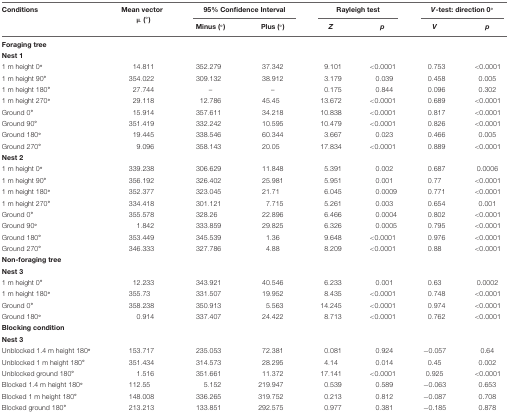
<table><thead><tr><td><b>Conditions</b></td><td><b>Mean vector μ (°)</b></td><td colspan="2"><b>95% Confidence Interval</b></td><td colspan="2"><b>Rayleigh test</b></td><td colspan="2"><b><i>V</i>-test: direction 0°</b></td></tr><tr><td></td><td></td><td><b>Minus (°)</b></td><td><b>Plus (°)</b></td><td><b><i>Z</i></b></td><td><b><i>p</i></b></td><td><b><i>V</i></b></td><td><b><i>p</i></b></td></tr></thead><tbody><tr><td><b>Foraging tree</b></td></tr><tr><td><b>Nest 1</b></td></tr><tr><td>1 m height 0<b>°</b></td><td>14.811</td><td>352.279</td><td>37.342</td><td>9.101</td><td>&lt;0.0001</td><td>0.753</td><td>&lt;0.0001</td></tr><tr><td>1 m height 90<b>°</b></td><td>354.022</td><td>309.132</td><td>38.912</td><td>3.179</td><td>0.039</td><td>0.458</td><td>0.005</td></tr><tr><td>1 m height 180<b>°</b></td><td>27.744</td><td>–</td><td>–</td><td>0.175</td><td>0.844</td><td>0.096</td><td>0.302</td></tr><tr><td>1 m height 270<b>°</b></td><td>29.118</td><td>12.786</td><td>45.45</td><td>13.672</td><td>&lt;0.0001</td><td>0.689</td><td>&lt;0.0001</td></tr><tr><td>Ground 0<b>°</b></td><td>15.914</td><td>357.611</td><td>34.218</td><td>10.838</td><td>&lt;0.0001</td><td>0.817</td><td>&lt;0.0001</td></tr><tr><td>Ground 90<b>°</b></td><td>351.419</td><td>332.242</td><td>10.595</td><td>10.479</td><td>&lt;0.0001</td><td>0.826</td><td>&lt;0.0001</td></tr><tr><td>Ground 180<b>°</b></td><td>19.445</td><td>338.546</td><td>60.344</td><td>3.667</td><td>0.023</td><td>0.466</td><td>0.005</td></tr><tr><td>Ground 270<b>°</b></td><td>9.096</td><td>358.143</td><td>20.05</td><td>17.834</td><td>&lt;0.0001</td><td>0.889</td><td>&lt;0.0001</td></tr><tr><td colspan="7"><b>Nest 2</b></td></tr><tr><td>1 m height 0<b>°</b></td><td>339.238</td><td>306.629</td><td>11.848</td><td>5.391</td><td>0.002</td><td>0.687</td><td>0.0006</td></tr><tr><td>1 m height 90<b>°</b></td><td>356.192</td><td>326.402</td><td>25.981</td><td>5.951</td><td>0.001</td><td>0.77</td><td>&lt;0.0001</td></tr><tr><td>1 m height 180<b>°</b></td><td>352.377</td><td>323.045</td><td>21.71</td><td>6.045</td><td>0.0009</td><td>0.771</td><td>&lt;0.0001</td></tr><tr><td>1 m height 270<b>°</b></td><td>334.418</td><td>301.121</td><td>7.715</td><td>5.261</td><td>0.003</td><td>0.654</td><td>0.001</td></tr><tr><td>Ground 0<b>°</b></td><td>355.578</td><td>328.26</td><td>22.896</td><td>6.466</td><td>0.0004</td><td>0.802</td><td>&lt;0.0001</td></tr><tr><td>Ground 90<b>°</b></td><td>1.842</td><td>333.859</td><td>29.825</td><td>6.326</td><td>0.0005</td><td>0.795</td><td>&lt;0.0001</td></tr><tr><td>Ground 180<b>°</b></td><td>353.449</td><td>345.539</td><td>1.36</td><td>9.648</td><td>&lt;0.0001</td><td>0.976</td><td>&lt;0.0001</td></tr><tr><td>Ground 270<b>°</b></td><td>346.333</td><td>327.786</td><td>4.88</td><td>8.209</td><td>&lt;0.0001</td><td>0.88</td><td>&lt;0.0001</td></tr><tr><td><b>Non-foraging tree</b></td></tr><tr><td><b>Nest 3</b></td></tr><tr><td>1 m height 0<b>°</b></td><td>12.233</td><td>343.921</td><td>40.546</td><td>6.233</td><td>0.001</td><td>0.63</td><td>0.0002</td></tr><tr><td>1 m height 180<b>°</b></td><td>355.73</td><td>331.507</td><td>19.952</td><td>8.435</td><td>&lt;0.0001</td><td>0.748</td><td>&lt;0.0001</td></tr><tr><td>Ground 0<b>°</b></td><td>358.238</td><td>350.913</td><td>5.563</td><td>14.245</td><td>&lt;0.0001</td><td>0.974</td><td>&lt;0.0001</td></tr><tr><td>Ground 180<b>°</b></td><td>0.914</td><td>337.407</td><td>24.422</td><td>8.713</td><td>&lt;0.0001</td><td>0.762</td><td>&lt;0.0001</td></tr><tr><td><b>Blocking condition</b></td></tr><tr><td><b>Nest 3</b></td></tr><tr><td>Unblocked 1.4 m height 180<b>°</b></td><td>153.717</td><td>235.053</td><td>72.381</td><td>0.081</td><td>0.924</td><td>–0.057</td><td>0.64</td></tr><tr><td>Unblocked 1 m height 180<b>°</b></td><td>351.434</td><td>314.573</td><td>28.295</td><td>4.14</td><td>0.014</td><td>0.45</td><td>0.002</td></tr><tr><td>Unblocked ground 180<b>°</b></td><td>1.516</td><td>351.661</td><td>11.372</td><td>17.141</td><td>&lt;0.0001</td><td>0.925</td><td>&lt;0.0001</td></tr><tr><td>Blocked 1.4 m height 180<b>°</b></td><td>112.55</td><td>5.152</td><td>219.947</td><td>0.539</td><td>0.589</td><td>–0.063</td><td>0.653</td></tr><tr><td>Blocked 1 m height 180<b>°</b></td><td>148.008</td><td>336.265</td><td>319.752</td><td>0.213</td><td>0.812</td><td>–0.087</td><td>0.708</td></tr><tr><td>Blocked ground 180<b>°</b></td><td>213.213</td><td>133.851</td><td>292.575</td><td>0.977</td><td>0.381</td><td>–0.185</td><td>0.878</td></tr></tbody></table>